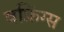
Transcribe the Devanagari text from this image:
वफ़िंग्स